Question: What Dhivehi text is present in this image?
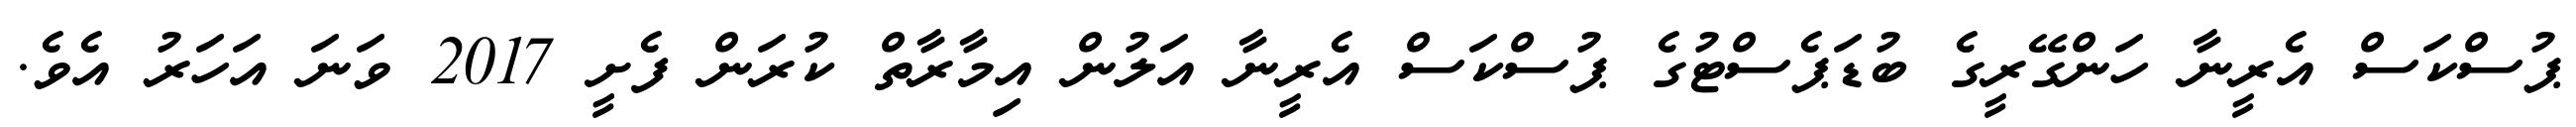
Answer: ޕުސްކަސް އެރީނާ ހަންގޭރީގެ ބުޑަޕެސްޓުގެ ޕުސްކަސް އެރީނާ އަލުން އިމާރާތް ކުރަން ފެށީ 2017 ވަނަ އަހަރު އެވެ.